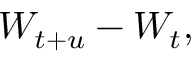
W _ { t + u } - W _ { t } ,